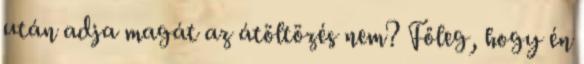
után adja magát az átöltözés nem? Főleg, hogy én